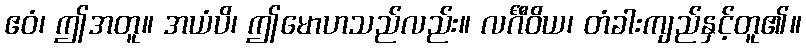
ဧဝံ၊ ဤအတူ။ အယံပိ၊ ဤမောဟသည်လည်း။ လင်္ဂီဝိယ၊ တံခါးကျည်နှင့်တူ၏။